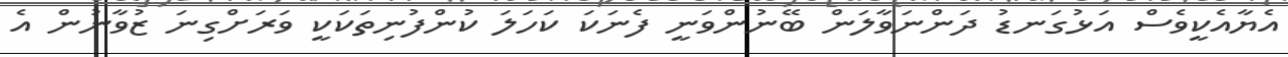
އެޔާއެކީވެސް އަޅުގަނޑު ދަންނަވާލަން ބޭނުންވަނީ ފެނަކަ ކަހަލަ ކުންފުނިތަކަކީ ވަރަށްގިނަ ޒުވާނުން އެ